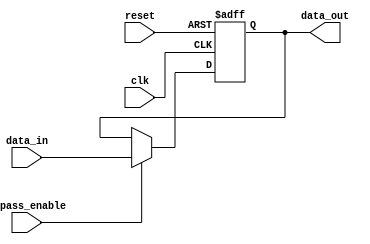
module cascade_bypass_register (
    input wire clk,
    input wire reset,
    input wire bypass_enable,
    input wire [DATA_WIDTH-1:0] data_in,
    output reg [DATA_WIDTH-1:0] data_out
);

parameter DATA_WIDTH = 8;

reg [DATA_WIDTH-1:0] register_out;

always @(posedge clk or posedge reset) begin
    if (reset) begin
        register_out <= 0;
    end else begin
        if (bypass_enable) begin
            register_out <= data_in;
        end else begin
            register_out <= register_out;
        end
    end
end

assign data_out = register_out;

endmodule